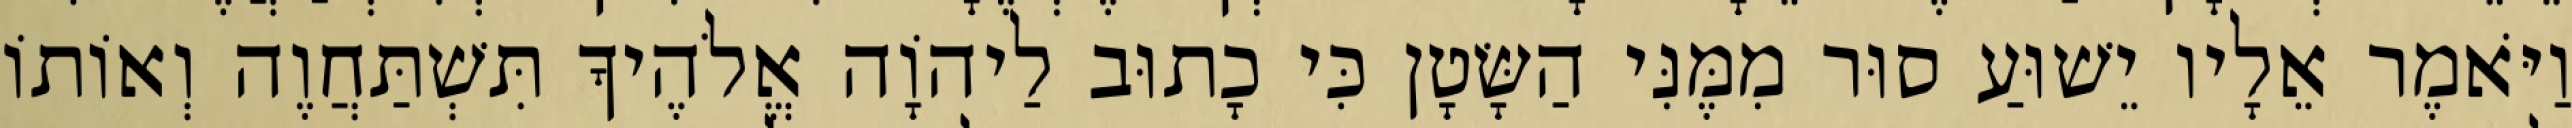
וַיֹּאמֶר אֵלָיו יֵשׁוּעַ סוּר מִמֶּנִּי הַשָּׂטָן כִּי כָתוּב לַיהוָֹה אֱלֹהֶיךָ תִּשְׁתַּחֲוֶה וְאוֹתוֹ